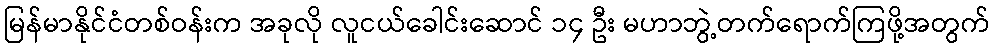
မြန်မာနိုင်ငံတစ်ဝန်းက အခုလို လူငယ်ခေါင်းဆောင် ၁၄ ဦး မဟာဘွဲ့တက်ရောက်ကြဖို့အတွက်